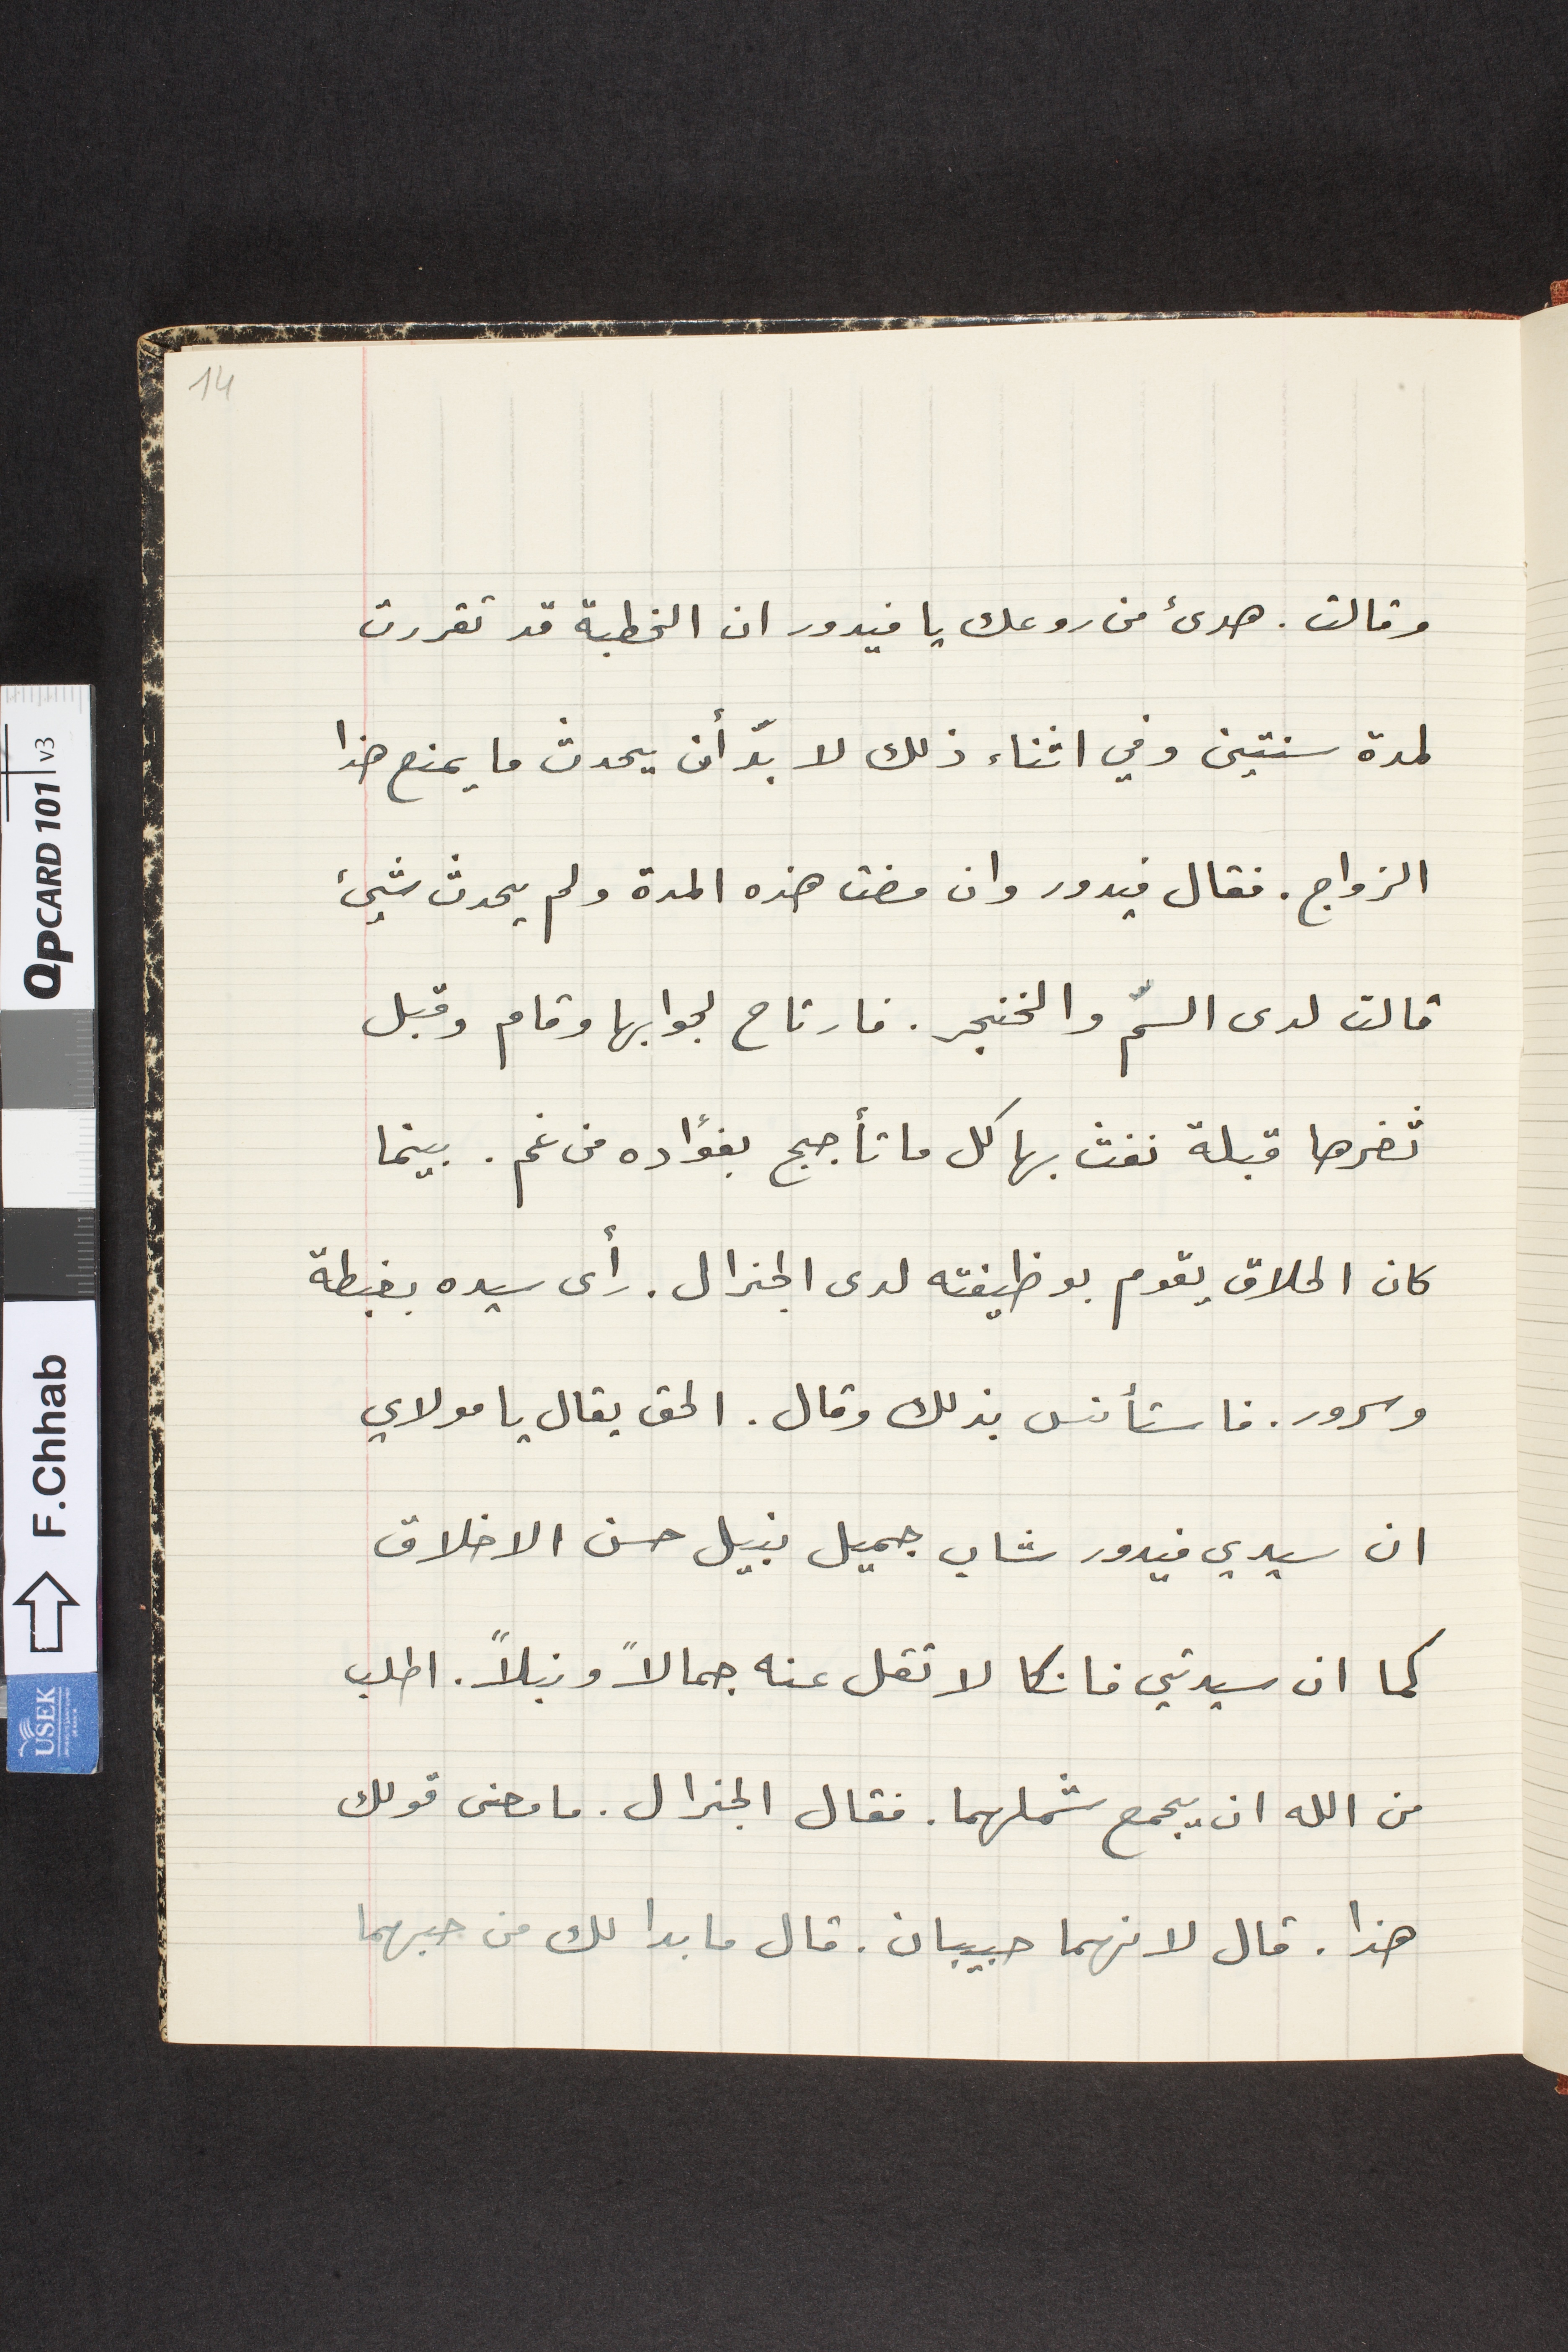
وقالت هدئ من روعك يا فيدور ان الخطبة قد تقررت
لمدة سنتين وفي اثناء ذلك لا بدّ أن يحدث ما يمنع هذا
الزواج. فقال فيدور وان مضت هذه المدة ولم يحدث شيئ
قالت لدى السمّ والخنجر. فارتاح لجوابها وقام وقبل
ثغرها قبلة نفث بها كل ما تأجج بفؤاده من غم. بينما
كان الحلاق يقوم بوظيفته لدى الجنرال. رأى سيده بغبطة
وسرور. فاستأنس بذلك وقال. الحق يقال يا مولاي
ان سيدي فيدور شاب جميل نبيل حسن الاخلاق
كما ان سيدتي فانكا لا تقل عنه جمالاً ونبلاً. اطلب
من الله ان يجمع شملهما. فقال الجنرال. ما معنى قولك
هذا. قال لانهما حبيبان. قال ما بدا لك من حبهما